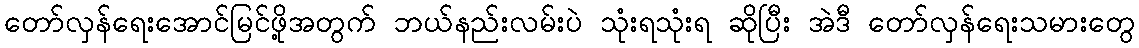
တော်လှန်ရေးအောင်မြင်ဖို့အတွက် ဘယ်နည်းလမ်းပဲ သုံးရသုံးရ ဆိုပြီး အဲဒီ တော်လှန်ရေးသမားတွေ